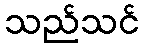
သည်သင်